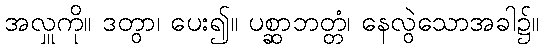
အလှူကို။ ဒတွာ၊ ပေး၍။ ပစ္ဆာဘတ္တံ၊ နေလွဲသောအခါ၌။